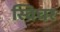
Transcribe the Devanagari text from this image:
स्विचर